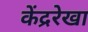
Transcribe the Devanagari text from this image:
केंद्ररेखा